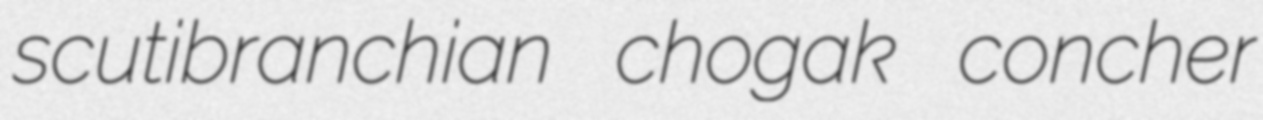
scutibranchian chogak concher